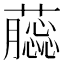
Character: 𧂿